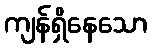
ကျန်ရှိနေသော